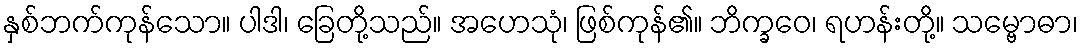
နှစ်ဘက်ကုန်သော။ ပါဒါ၊ ခြေတို့သည်။ အဟေသုံ၊ ဖြစ်ကုန်၏။ ဘိက္ခဝေ၊ ရဟန်းတို့။ သမ္ဗောဓာ၊